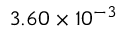
3 . 6 0 \times 1 0 ^ { - 3 }